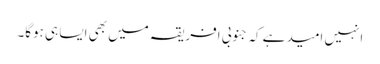
انہیں امید ہے کہ جنوبی افریقہ میں بھی ایسا ہی ہوگا۔